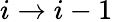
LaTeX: i\rightarrow i-1